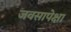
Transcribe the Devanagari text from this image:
जवसापेक्षा